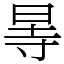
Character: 㫭